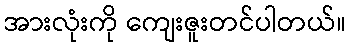
အားလုံးကို ကျေးဇူးတင်ပါတယ်။